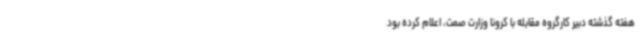
هفته گذشته دبیر کارگروه مقابله با کرونا وزارت صمت، اعلام کرده بود